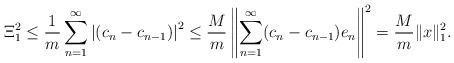
LaTeX: \begin{align*}\Xi_1^2\leq \frac{1}{m} \sum\limits_{n=1}^{\infty} \left| (c_n-c_{n-1}) \right|^2 \leq \frac{M}{m} \left\| \sum\limits_{n=1}^{\infty} (c_n-c_{n-1}) e_n\right\|^2 = \frac{M}{m} \|x\|_1^2.\end{align*}